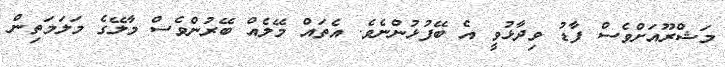
މަޝްރޫއަށްވެސް ފާޑު ވިދާޅުވީ އެ ބޭފުޅުންނެވެ. އެތައް މޭލެއް ބޭރުންވެސް މާލޭގެ މަލަމަތިން